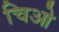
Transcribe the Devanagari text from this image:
चिओ